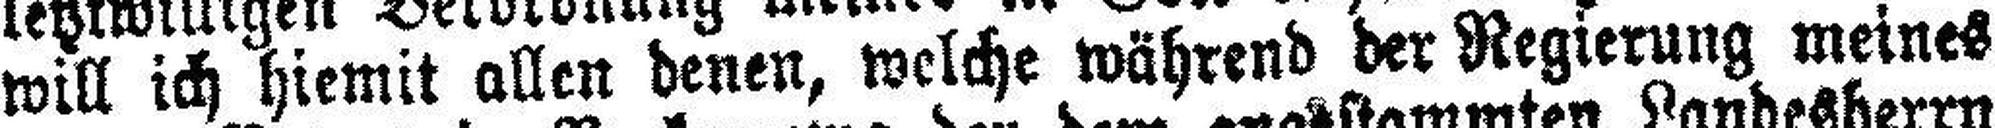
will ich hiemit allen denen, welche während der Regierung meines